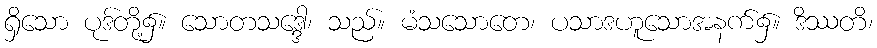
ရှိသော ပုဒ်တို့၌။ သောတသဒ္ဒေါ၊ သည်။ မံသသောတေ၊ ပသာဒဟူသောအနက်၌။ ဒိဿတိ၊